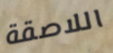
اللاصقة